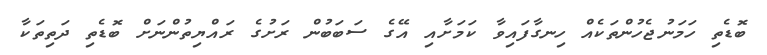
ބޮޑެތި ހަމަނުޖެހުންތަކެއް ހިނގާފައިވާ ކަމަށާއި އޭގެ ސަބަބުން ރަށުގެ ރައްޔިތުންނަށް ބޮޑެތި ދަތިތަކާ